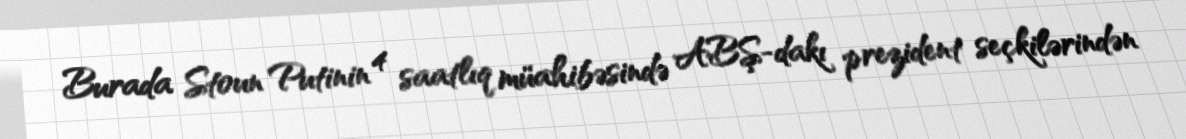
Burada Stoun Putinin 4 saatlıq müahibəsində ABŞ-dakı prezident seçkilərindən